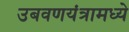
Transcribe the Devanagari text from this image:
उबवणयंत्रामध्ये